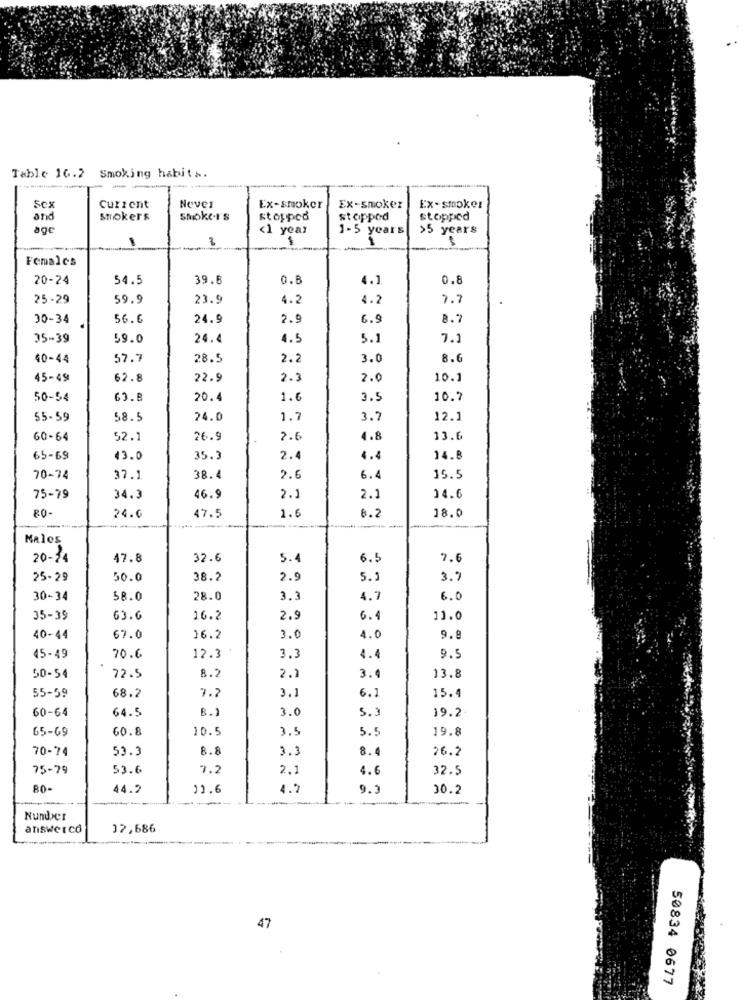
Table 16.2 Smoking habits.
-
Never
Sex
Current
Ex-smoker
Ex-smoker
Ex-smoker
and
strokers
smoker's
stopped
stoppad
stopped
age
<1 year
1-5 years
>5 years
$
Females
20-24
54.5
39.8
0.8
4.1
0.8
25 -29
59.9
23.9
4.2
4.2
7.7
30-34
56.6
24.9
2.9
6.9
35-39
59.0
24.4
4.5
5.1
7.1
40-44
57.7
28.5
2.2
3.0
8.6
45-49
62.8
22.9
2.3
2.0
10.1
50-54
63.8
20.4
1.6
3.5
10.7
55-59
58.5
24.0
1.7
3.7
12.1
60-64
52.1
26.9
2.6
4.8
13.6
65-69
43.0
35.3
2.
4.4
14.8
70-74
37.1
38.4
2.6
6.1
15.5
75-79
34.3
46.9
2.1
2.1
14.6
RO-
1.6
8.2
18.0
--
24.0
47.5
-
Males
20-34
47.8
32.6
5.4
6.5
7.6
25-29
50.0
38.2
2.9
5.3
3.7
30-34
58.0
28.0
3.3
4.7
6.0
35-39
63.6
16.2
2.9
6.4
11.0
40-44
67.0
16.2
3.0
4.0
9.8
45-49
70.6
12.3
3.
4.4
9.5
50-54
72.5
8.2
2.2
3.4
13.8
7.
15.4
55-59
68.2
3.1
6.2
60-64
64.5
8.1
5.3
19.2
65-69
60.8
10.5
3.5
5.5
19.8
70-74
53.3
8.8
3.3
8.4
26.2
75-79
53.6
7.2
2.2
4.6
32.5
RO-
44.2
12.6
4.2
9.1
30.2
Number
answerco
17,686
47
50834 0677